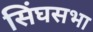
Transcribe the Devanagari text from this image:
सिंघसभा